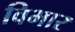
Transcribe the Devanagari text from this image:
विभार